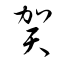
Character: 賀